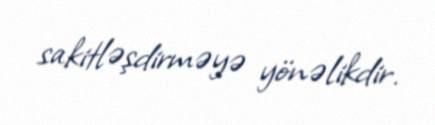
sakitləşdirməyə yönəlikdir.